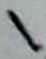
Text: 1